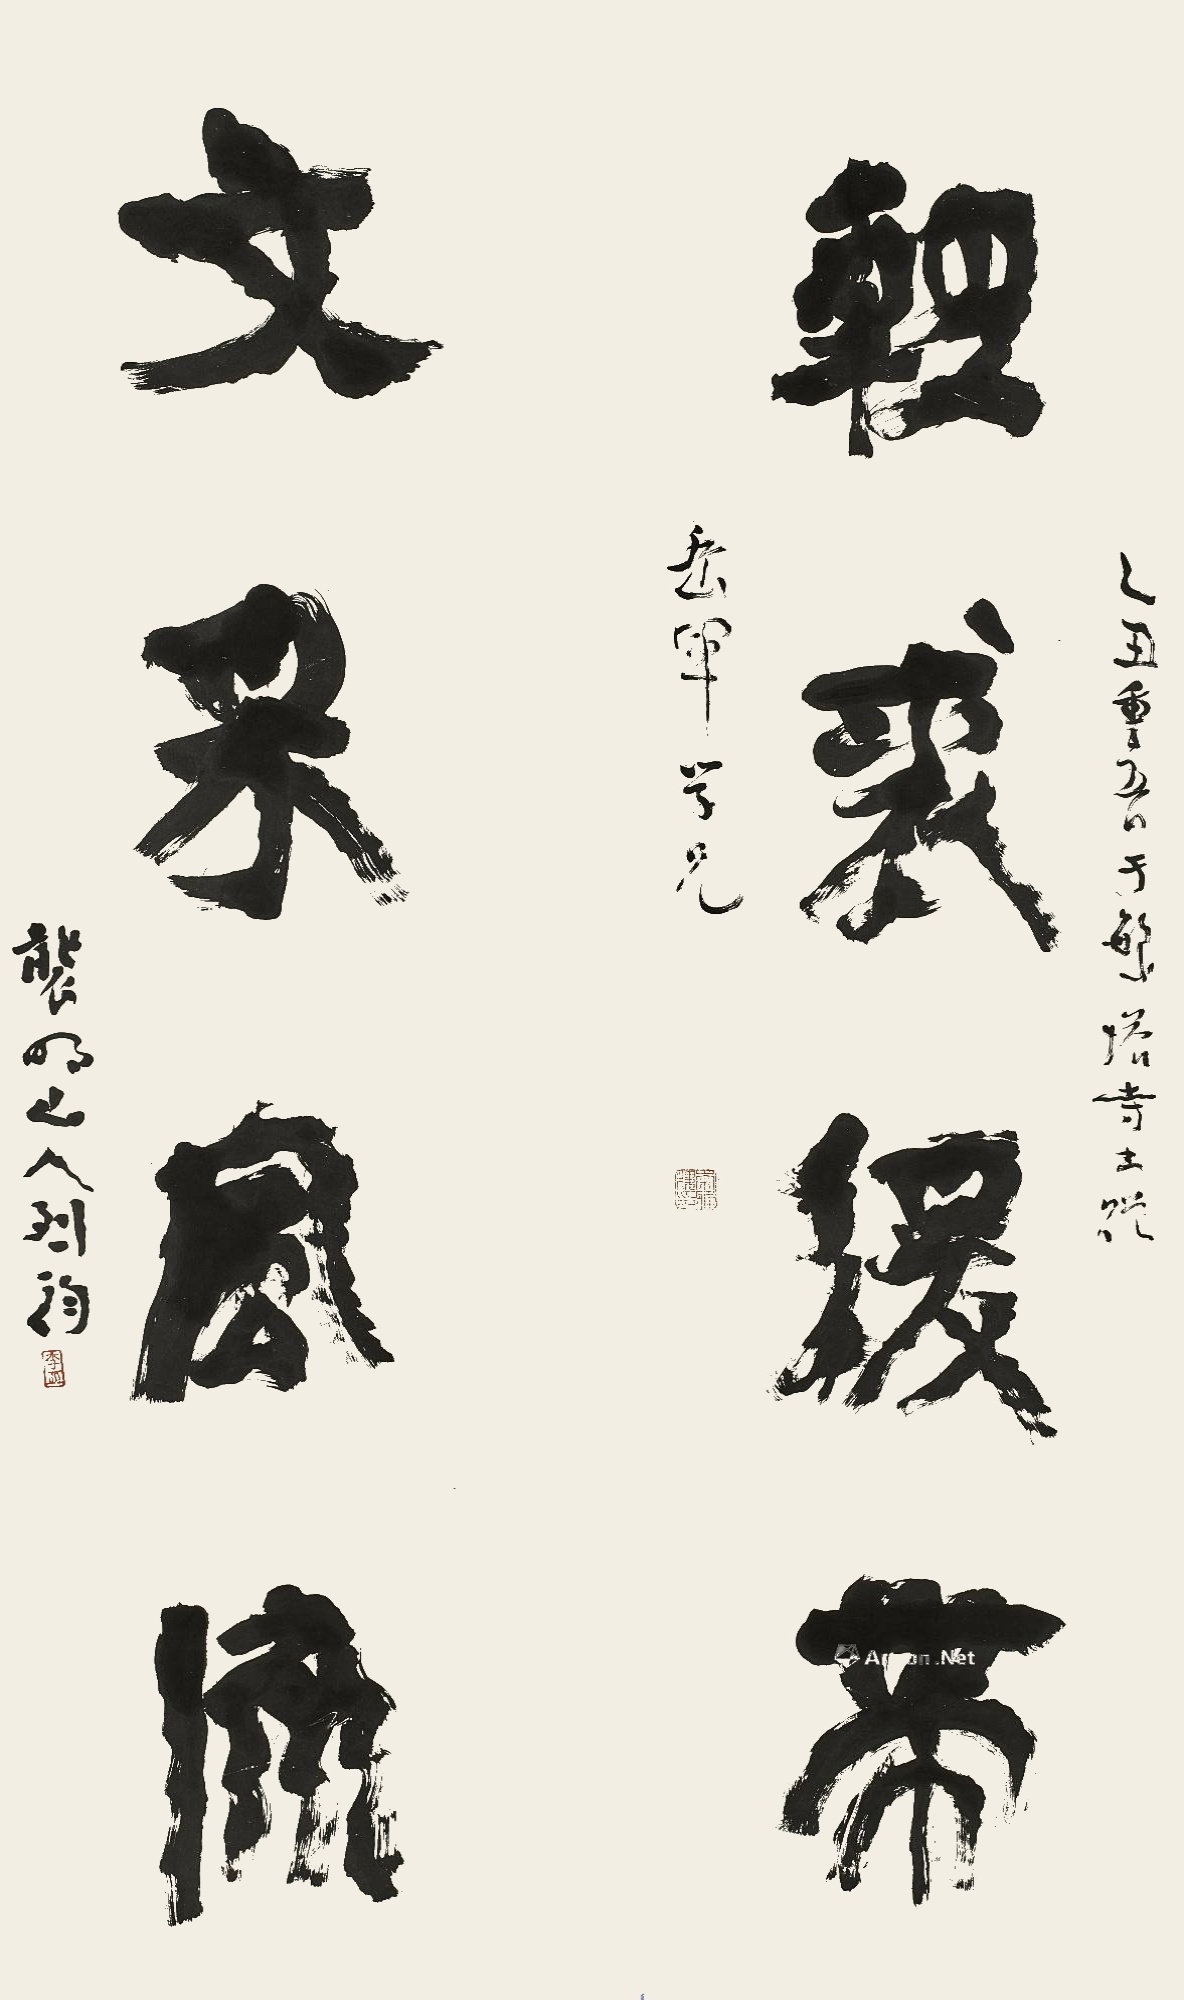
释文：轻裘缓带，文采风流。乙丑重五日于繁塔寺书赠岳军学兄。袭明山人烈钧。